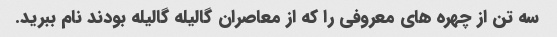
سه تن از چهره های معروفی را که از معاصران گالیله گالیله بودند نام ببرید.